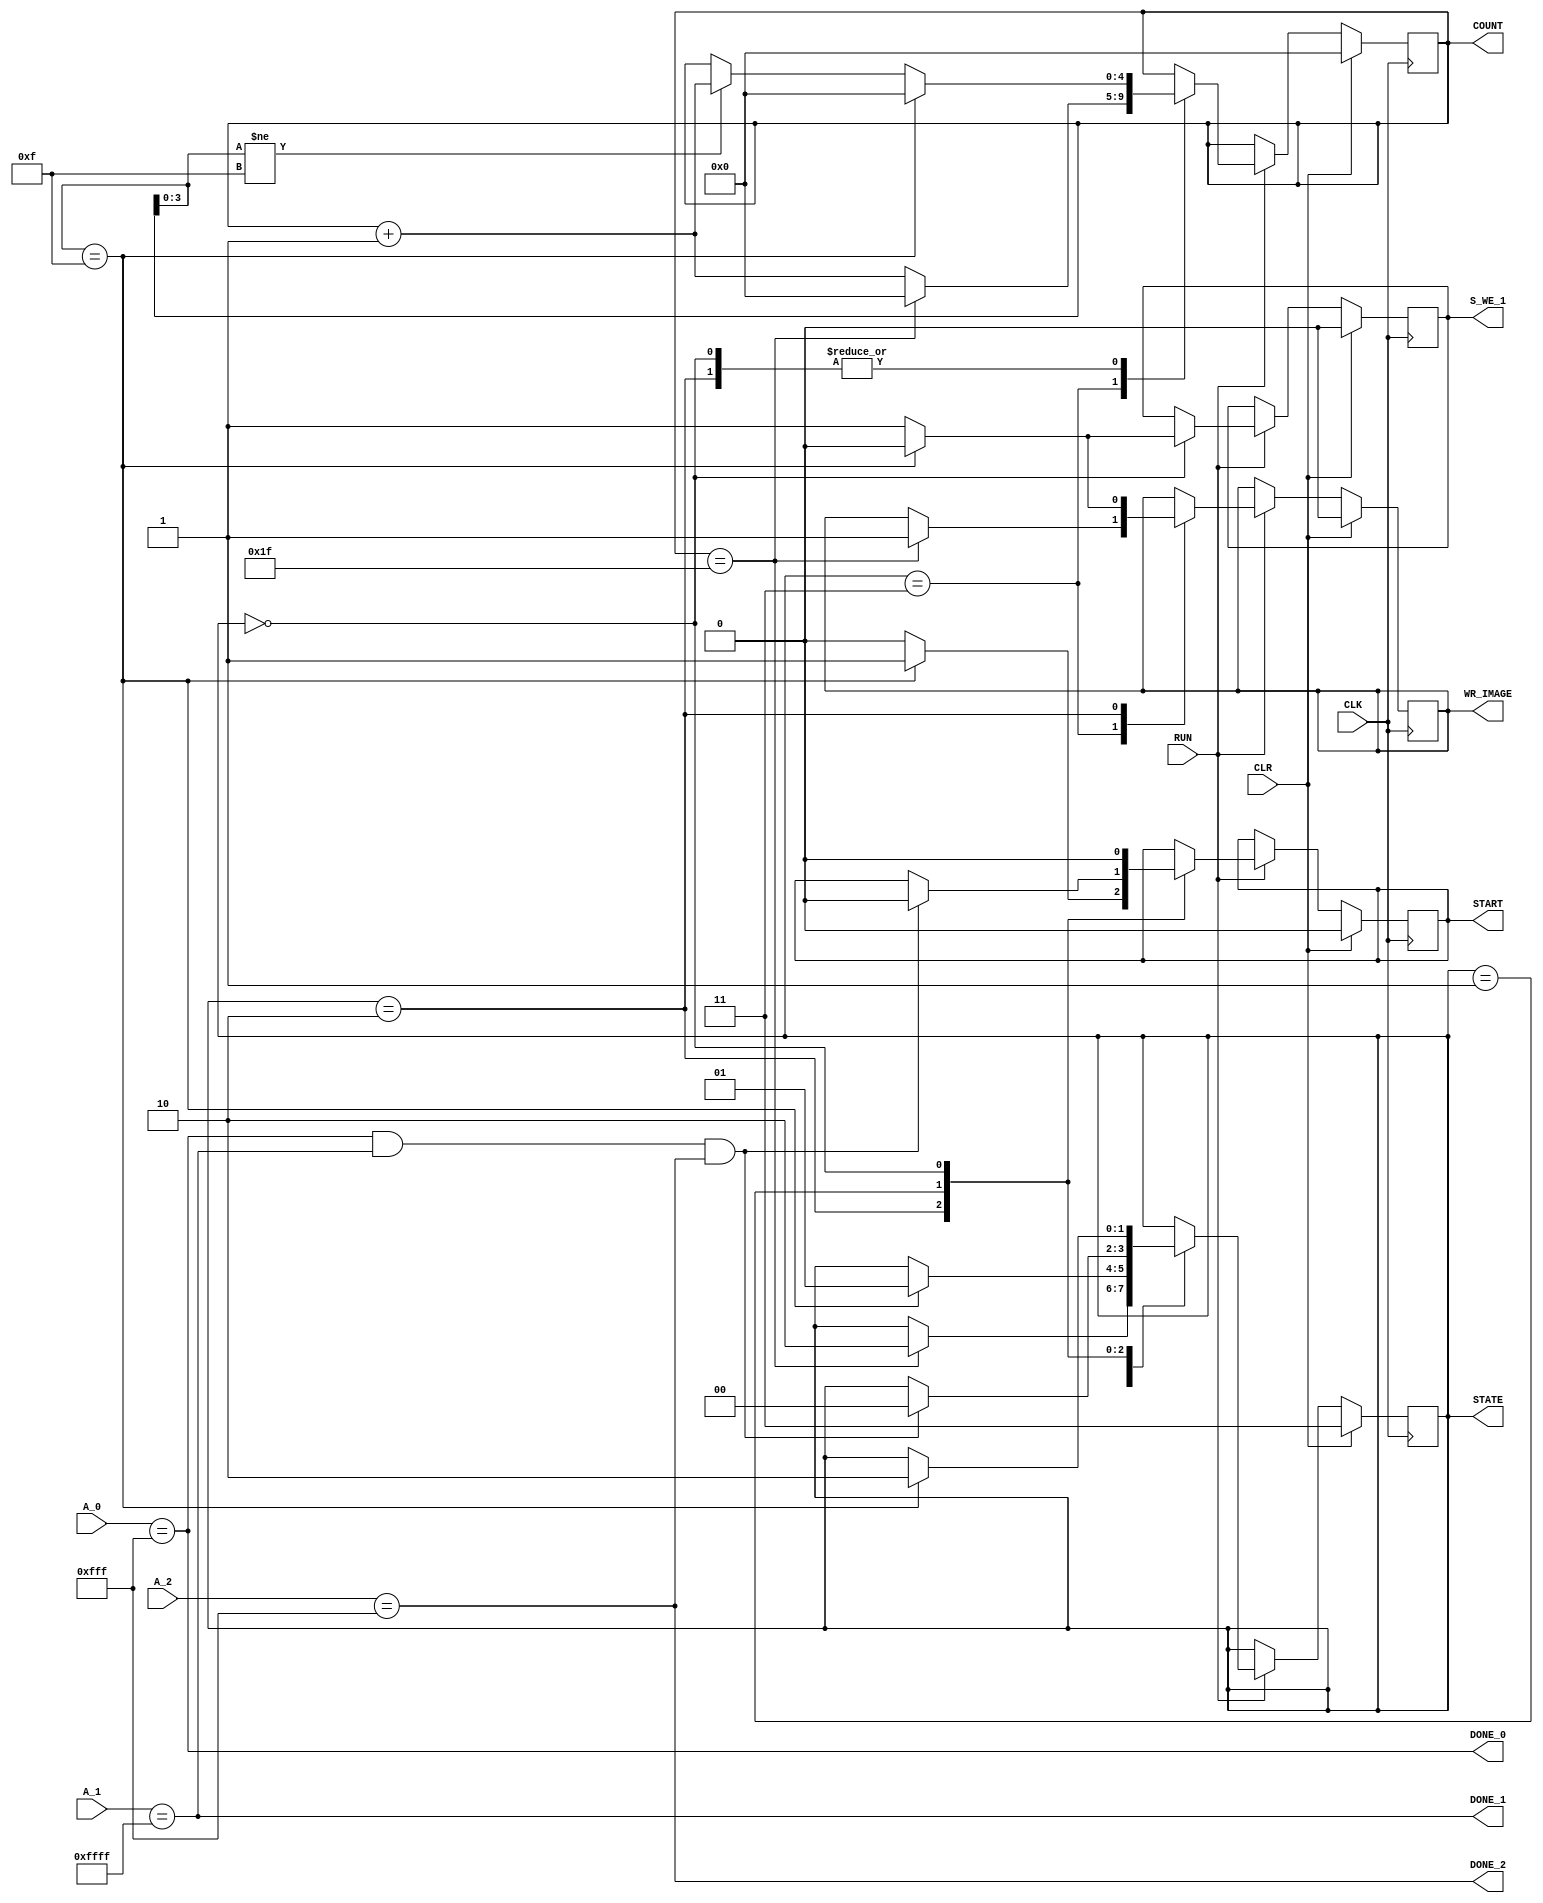
module system_control(
	CLK,CLR,
	RUN,
	STATE, COUNT,
	START, S_WE_1,
	WR_IMAGE,
	A_0,
	A_1,
	A_2,
	DONE_0,
	DONE_1,
	DONE_2
	); 
	
parameter INIT = 2'b11;	// tylko raz
parameter IN = 2'b10;
parameter OUT = 2'b00;
parameter PROG = 2'b01;
	
parameter BIP_W = 12;	
parameter WIP_W = 16;	
	
input CLK,CLR;
input RUN;


input [BIP_W-1:0] A_0;
input [WIP_W-1:0] A_1;
input [BIP_W-1:0] A_2;

output [1:0]STATE;
output reg [4:0]COUNT;
output reg START;
output DONE_0;
output DONE_1;
output DONE_2;
output reg S_WE_1;
output reg WR_IMAGE;
reg [1:0] state;


//reg CHANGE;

assign DONE_0 = (A_0 == 12'hfff); //&& CHANGE;
assign DONE_1 = (A_1 == 16'hffff);// && CHANGE;
assign DONE_2 = (A_2 == 12'hfff);
assign STATE = state;
assign END_CYCLE = DONE_0 & DONE_1 & DONE_2;	

always @(posedge CLK) begin
	if(CLR) begin
		state <= INIT;
		COUNT <= 5'd0;
		START <= 1'b0;
		S_WE_1 <= 1'b0;
		WR_IMAGE <= 1'b0;
		//CHANGE <= 1'b1;
	end
else begin
	if(RUN)	begin
		case(state)
		INIT: if(COUNT == 5'b11111) begin
			state <= IN;
			COUNT <= 5'd0;
			WR_IMAGE <= 1'b1;
		end
		else begin
			COUNT <= COUNT + 1'b1;
		end	
		IN: if(COUNT[3:0] == 4'b1111) begin
				state <= PROG;
				START <= 1'b1;
				COUNT <= 5'd0;
				WR_IMAGE <= 1'b0;
			end
		else begin
			if(COUNT[3:0] != 4'b1111)
				COUNT <= COUNT + 1;
				START <= 1'b0;
				WR_IMAGE <= 1'b1;
			end
		PROG: if(END_CYCLE) begin
				state <= OUT;
				START <= 1'b0;
				//CHANGE <= 1'b1;
				
		end
		OUT: if(COUNT[3:0] == 4'b1111) begin
			state <= IN;
			COUNT <= 5'd0;
			START <= 1'b0;
			S_WE_1 <= 1'b0;
			//CHANGE <= 1'b0;
		end
		else begin
			if(COUNT[3:0] != 4'b1111)
			COUNT <= COUNT + 1;
			START <= 1'b0;
			S_WE_1 <= 1'b1;
			//CHANGE <= 1'b1;
			
		end
		
		default: begin
			state <= INIT;
			COUNT <= 5'd0;
		end	
		endcase
	end
	end
end
		

endmodule